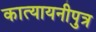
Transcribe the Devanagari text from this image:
कात्यायनीपुत्र